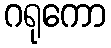
ဂရုကော